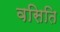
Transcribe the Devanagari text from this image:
वसिति